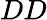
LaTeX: DD